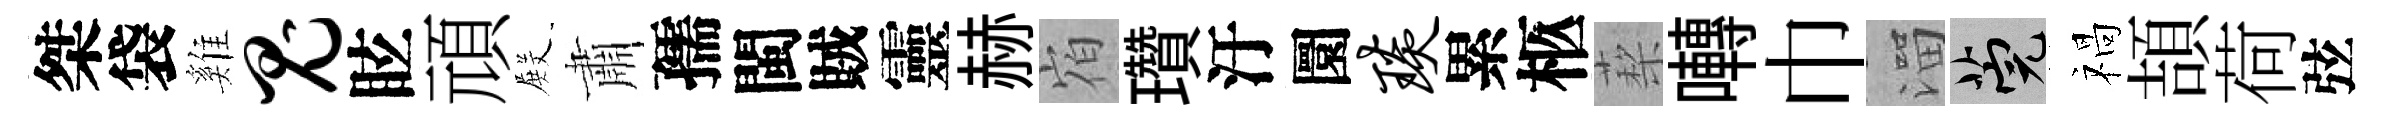
桀袋雞鬼眩頑𭮺肅孺閩賊靈赫𪧐瓚汙圜琰累柩蔾囀巾溜筦禍頡荷弦